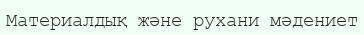
Материалдық және рухани мәдениет